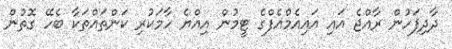
ދާދިފަހުން ރާއްޖެ އައި އައިއެމްއެފްގެ ޓީމުން އިއްޔެ ހާމަކުރި ކަންތައްތަކާ ބެހޭ ގޮތުން